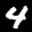
Label: 4